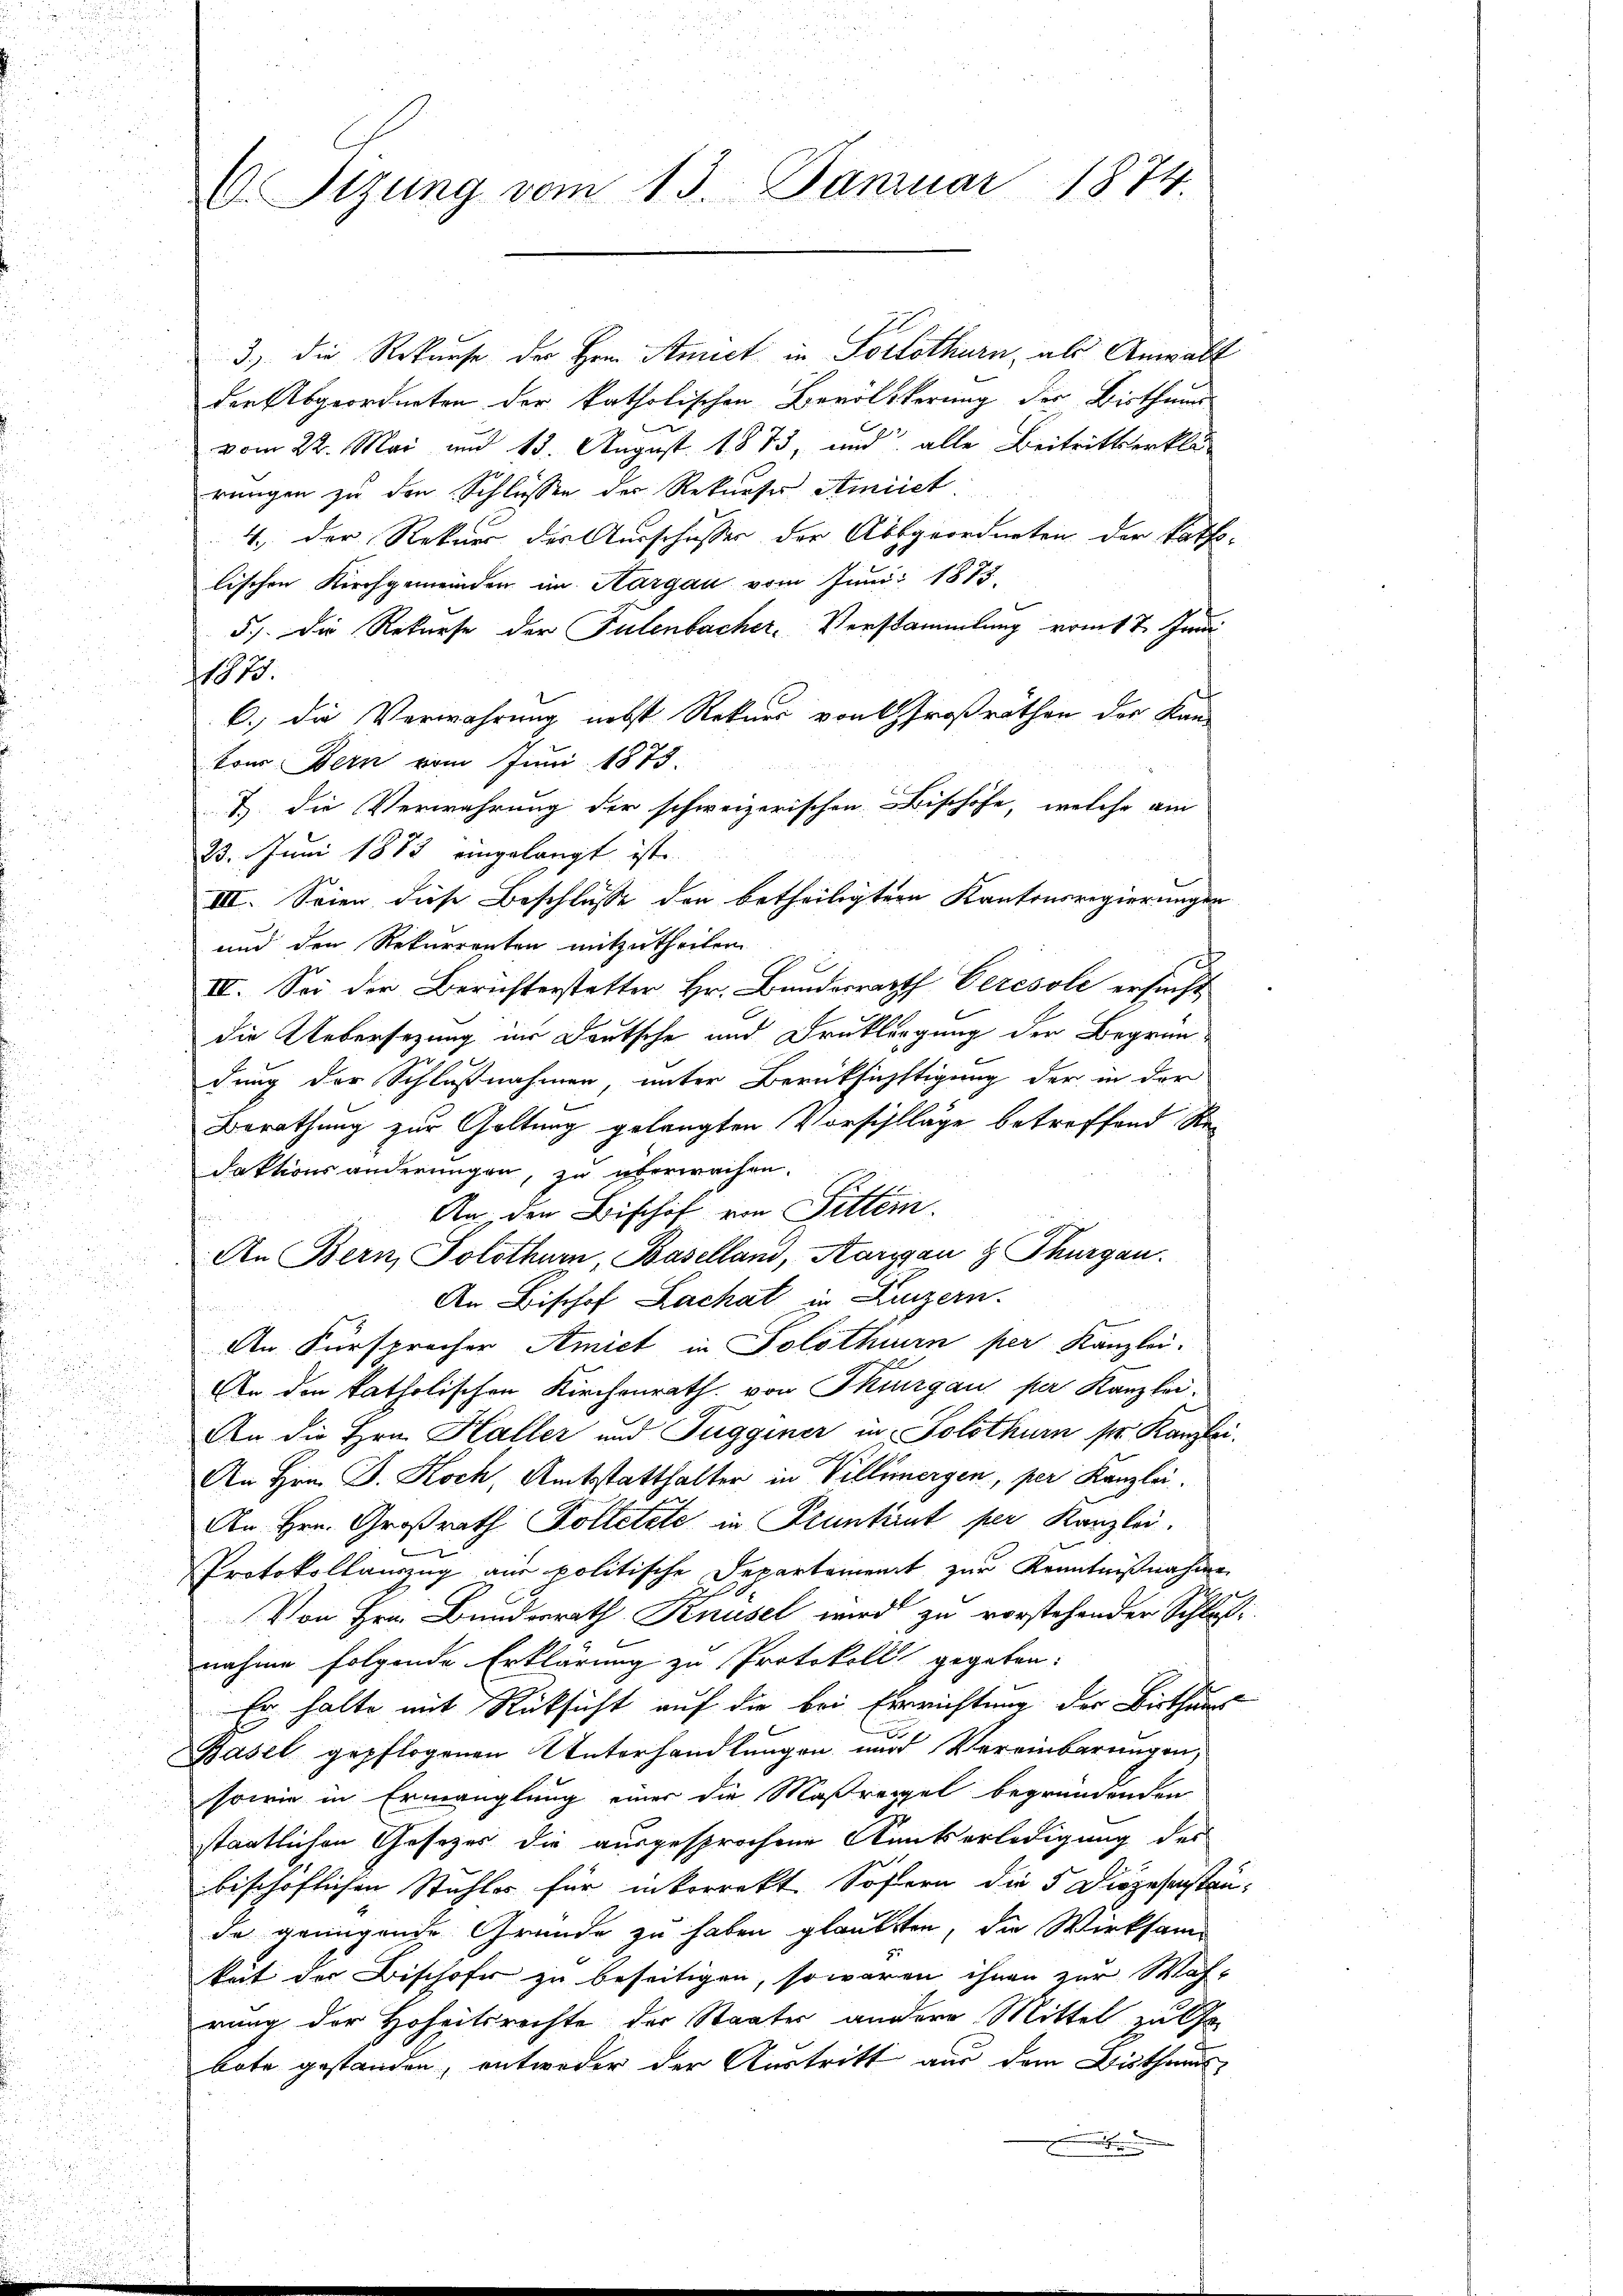
Sizung vom 13. Januar 1874.

3., die Rekurse der Hrn. Stunct in Solothurn, als Anwalt
den Abgeordneten der katholischen Bevölkerung der Bisthums

vom 22. Mai und 13. August 1873, und alle Beitrittserklä-
rungen zu den Schlüssen der Rekurser Amiiet:
4. Der Rekurs der Ausschusser der Abbgeordneten der katholischen Kirchgemeinden im Aargau vom Juni 1873.
5.) Die Rekurse der Tulenbacher, Verstammlung vom 17. Juni
1.
6.) Die Verwahrung nebst Rekurs von Großräthen des Kantons Bern vom Juni 1875.
Z. die Verwahrung der schweizerischen Bischöfe, welche am
23. Juni 1883 eingelangt ist.
III. Seien diese Beschlüsse den betheiligter Kantonsregierungen
und den Rekurrenten mitzutheilen.
IV. Sei der Berichterstetter Hr. Bundesrath Ceresole ersucht
die Uebersezung in Deutsche und Drucklergung der Begründung der Schlußnahmen, unter Berüksichtigung der in der
Berathung zur Geltung gelangten Vorschläge betreffend Redaktionsänderungen, zu überwachen.
An den Bischof von Pittein.
An Bern, Solothurn, Baselland, Aargau & Thurgau.
An Bischof Lachat in Luzern.
Den Fürsprocher Amict in Solothurn per Kanzlei.
An der katholischen Kirchenrath von Thurgau per Kanzlei-
An die Hrn. Haller und Tugginer in Solothurn ser Kanzlei.
An Hrn. F. Koch, Amtsstatthalter in Villimergen, per Kanzlei.
An Hrn. Großrath Kolletete in Pruntant per Kanzlei.
Protokollauszug aus politische Departement zur Kenntnißnahme
1
Von Hrn. Bundesrath Knüsel wird zu vorstehender Schluß
nahme folgende Erklärung zu Protokoll gegeben:
Er halte mit Rücksicht auf die bei Einrichtung der Wirthums
Pasel gepflogenen Unterhandlungen und Vereinbarungen,
sowie in Ermanglung einer die Maßregel begründenden
staatlichen Gesetzes die ausgesprochene Kautserledigung des
bischöflichen Stuhles für inkorrekt Sofern die 5 Diözesenstände genügende Gründe zu haben glaubten, die Wirksam
keit der Bischofer zu beseitigen, so waren ihnen zur Wah-
rung der Hoheitsrechte der Staates andere Mittel zu la
bote gestanden, entweder der Austritt aus dem Bisthans¬
.